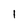
Character: l